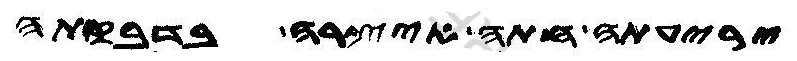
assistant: יריעתה חתה איצרה בדבקתה